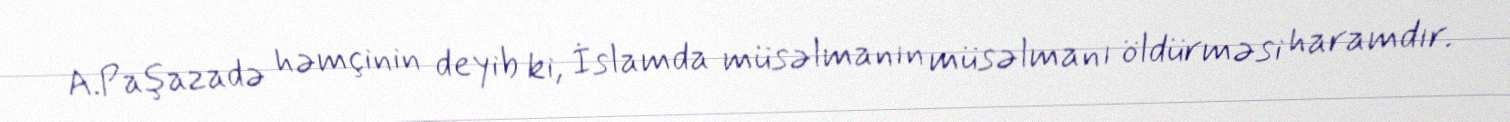
A.Paşazadə həmçinin deyib ki, İslamda müsəlmanın müsəlmanı öldürməsi haramdır.